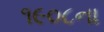
૧૯૦૮ના